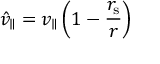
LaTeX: { \hat { v } } _ { \parallel } = v _ { \parallel } \left( 1 - { \frac { r _ { \mathrm { { s } } } } { r } } \right)